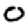
Digit: 0